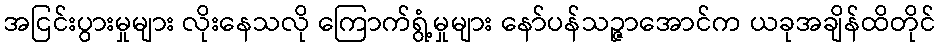
အငြင်းပွားမှုများ လိုးနေသလို ကြောက်ရွံ့မှုများ နော်ပန်သဉ္ဇာအောင်က ယခုအချိန်ထိတိုင်